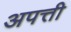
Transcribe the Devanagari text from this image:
अपत्ती